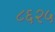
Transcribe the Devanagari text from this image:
८६२५